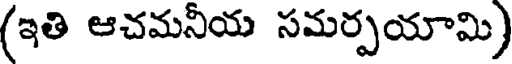
(ఇతి ఆచమనీయ సమర్పయామి)